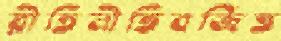
রীতিনীতিবর্জিত